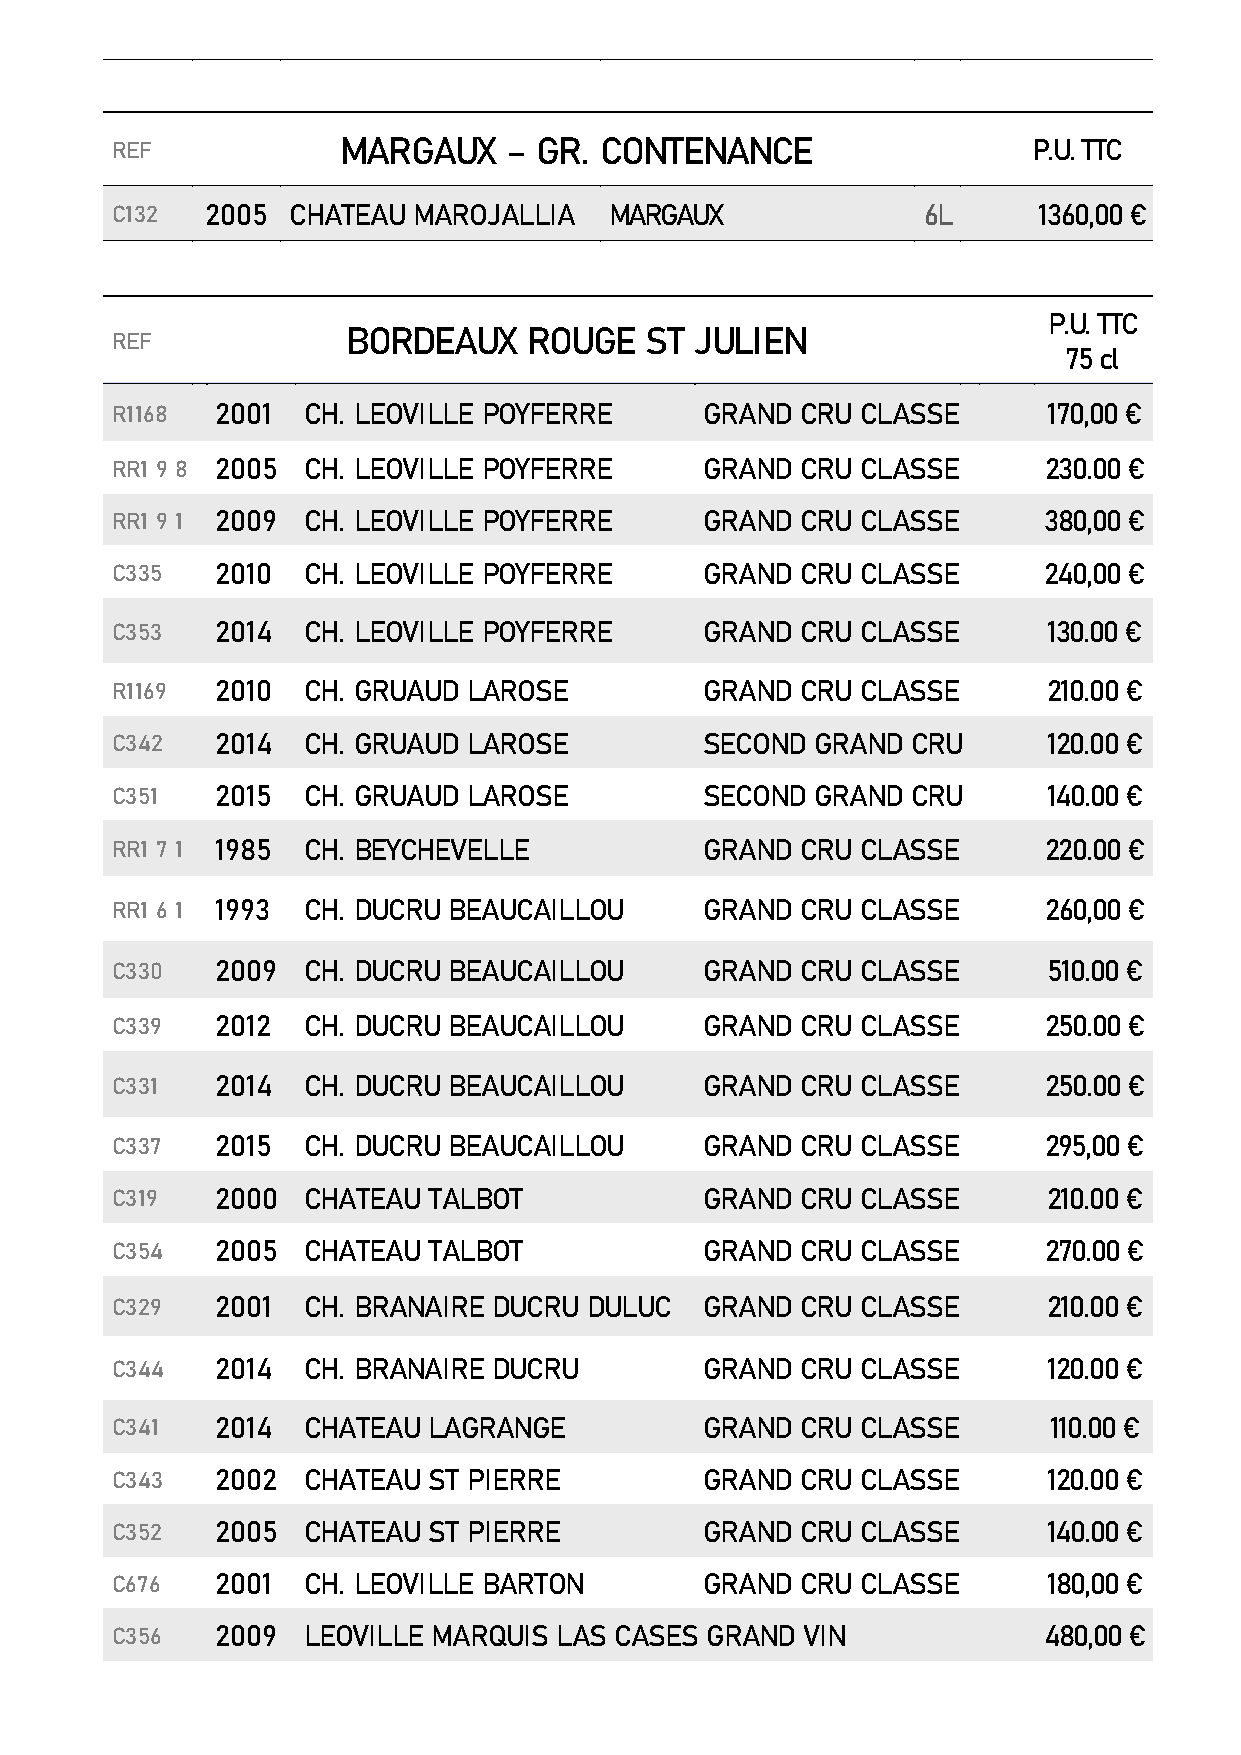
REF            MARGAUX     – GR. CONTENANCE                  P.U. TTC
 C132   2005 CHATEAU MAROJALLIA   MARGAUX              6L      1360,00 €
 P.U. TTC
 REF             BORDEAUX    ROUGE   ST JULIEN
 75 cl
 R1168  2001  CH. LEOVILLE POYFERRE      GRAND CRU CLASSE      170,00 €
 RR1 9 8 2005 CH. LEOVILLE POYFERRE      GRAND CRU CLASSE      230.00 €
 RR1 9 1 2009 CH. LEOVILLE POYFERRE      GRAND CRU CLASSE      380,00 €
 C335   2010  CH. LEOVILLE POYFERRE      GRAND CRU CLASSE      240,00 €
 C353   2014  CH. LEOVILLE POYFERRE      GRAND CRU CLASSE      130.00 €
 R1169  2010  CH. GRUAUD LAROSE          GRAND CRU CLASSE      210.00 €
 C342   2014  CH. GRUAUD LAROSE          SECOND GRAND CRU      120.00 €
 C351   2015  CH. GRUAUD LAROSE          SECOND GRAND CRU      140.00 €
 RR1 7 1 1985 CH. BEYCHEVELLE            GRAND CRU CLASSE      220.00 €
 RR1 6 1 1993 CH. DUCRU BEAUCAILLOU      GRAND CRU CLASSE      260,00 €
 C330   2009  CH. DUCRU BEAUCAILLOU      GRAND CRU CLASSE      510.00 €
 C339   2012  CH. DUCRU BEAUCAILLOU      GRAND CRU CLASSE      250.00 €
 C331   2014  CH. DUCRU BEAUCAILLOU      GRAND CRU CLASSE      250.00 €
 C337   2015  CH. DUCRU BEAUCAILLOU      GRAND CRU CLASSE      295,00 €
 C319   2000  CHATEAU TALBOT             GRAND CRU CLASSE      210.00 €
 C354   2005  CHATEAU TALBOT             GRAND CRU CLASSE      270.00 €
 C329   2001  CH. BRANAIRE DUCRU DULUC   GRAND CRU CLASSE      210.00 €
 C344   2014  CH. BRANAIRE DUCRU         GRAND CRU CLASSE      120.00 €
 C341   2014  CHATEAU LAGRANGE           GRAND CRU CLASSE      110.00 €
 C343   2002  CHATEAU ST PIERRE          GRAND CRU CLASSE      120.00 €
 C352   2005  CHATEAU ST PIERRE          GRAND CRU CLASSE      140.00 €
 C676   2001  CH. LEOVILLE BARTON        GRAND CRU CLASSE      180,00 €
 C356   2009  LEOVILLE MARQUIS LAS CASES GRAND VIN             480,00 €